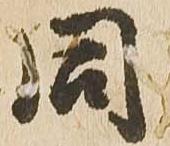
同